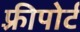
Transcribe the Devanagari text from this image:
फ़्रीपोर्ट